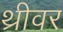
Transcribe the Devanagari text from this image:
थ्रीवर